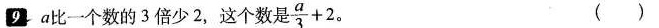
9.a比一个数的3倍少2，这个数是 $$\frac{a}{3}+2$$ ( )